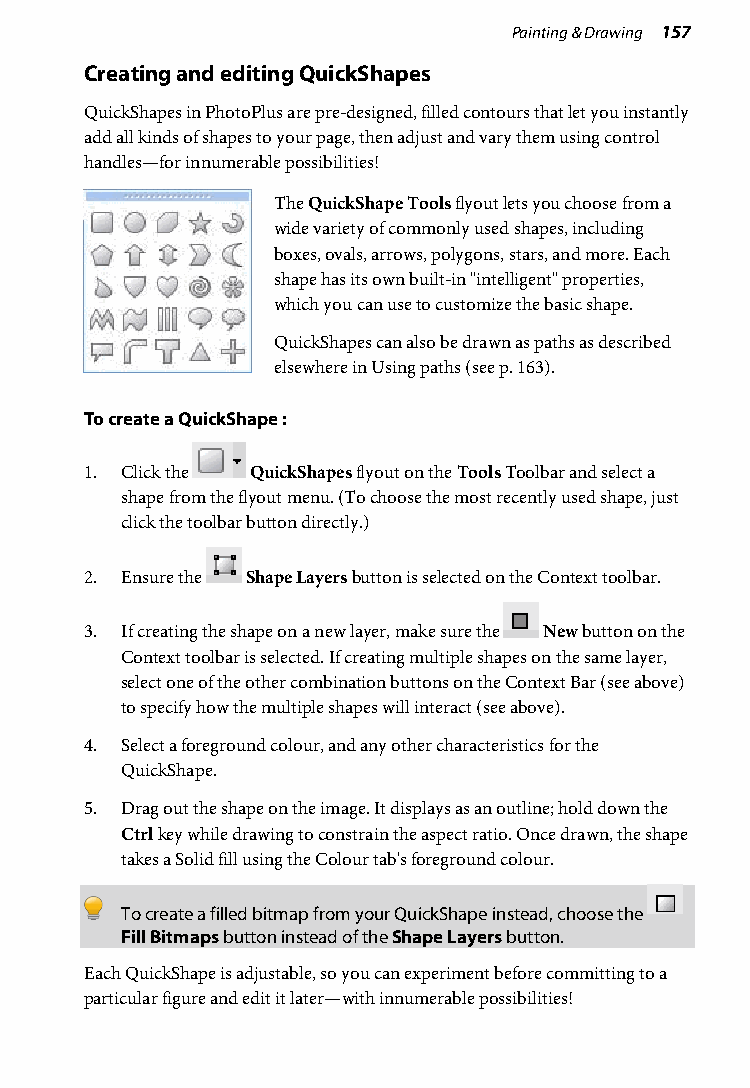
Painting & Drawing 157
 Creating and editing QuickShapes
 QuickShapes in PhotoPlus are pre-designed, filled contours that let you instantly
 add all kinds of shapes to your page, then adjust and vary them using control
 handles—for innumerable possibilities!
 The QuickShape Tools flyout lets you choose from a
 wide variety of commonly used shapes, including
 boxes, ovals, arrows, polygons, stars, and more. Each
 shape has its own built-in "intelligent" properties,
 which you can use to customize the basic shape.
 QuickShapes can also be drawn as paths as described
 elsewhere in Using paths (see p. 163).
 To create a QuickShape :
 1. Click the QuickShapes flyout on the Tools Toolbar and select a
 shape from the flyout menu. (To choose the most recently used shape, just
 click the toolbar button directly.)
 2. Ensure the Shape Layers button is selected on the Context toolbar.
 3. If creating the shape on a new layer, make sure the New button on the
 Context toolbar is selected. If creating multiple shapes on the same layer,
 select one of the other combination buttons on the Context Bar (see above)
 to specify how the multiple shapes will interact (see above).
 4. Select a foreground colour, and any other characteristics for the
 QuickShape.
 5. Drag out the shape on the image. It displays as an outline; hold down the
 Ctrl key while drawing to constrain the aspect ratio. Once drawn, the shape
 takes a Solid fill using the Colour tab's foreground colour.
 To create a filled bitmap from your QuickShape instead, choose the
 Fill Bitmaps button instead of the Shape Layers button.
 Each QuickShape is adjustable, so you can experiment before committing to a
 particular figure and edit it later—with innumerable possibilities!